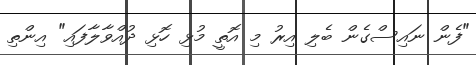
"ފެން ނައިސްގެން ބެލި އިރު މި އޮތީ މުޅި ހޮޅި ދުއްވާލާފައި" އިންތި